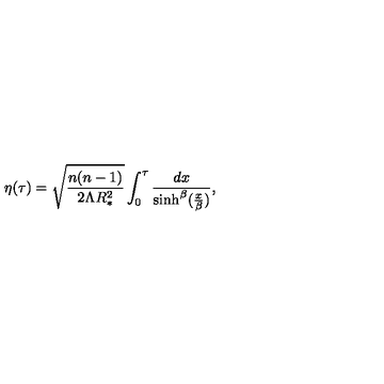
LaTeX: \eta ( \tau ) = \sqrt { \frac { n ( n - 1 ) } { 2 \Lambda R _ { * } ^ { 2 } } } \int _ { 0 } ^ { \tau } { \frac { d x } { \sinh ^ { \beta } ( { \frac { x } { \beta } } ) } } ,